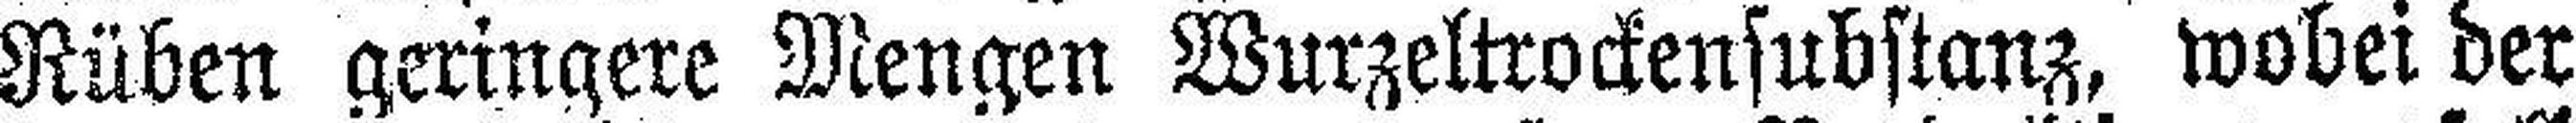
Rüben geringere Mengen Wurzeltrockensubstanz, wobei der